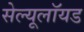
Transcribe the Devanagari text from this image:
सेल्यूलॉयड